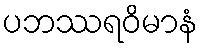
ပဘဿရဝိမာနံ